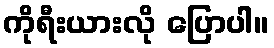
ကိုရီးယားလို ပြောပါ။